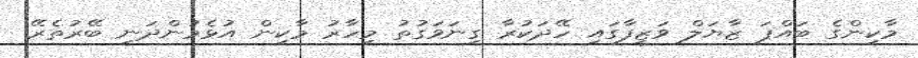
މާކިންގެ ބައްޕަ ޒާޔަލް ވަޒީފާގައި ހޭދަކުރާ ގިނަވަގުތު މިހާރު މާކިން އުޅެމުންދަނީ ބޭރުތެރޭ